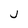
Character: j